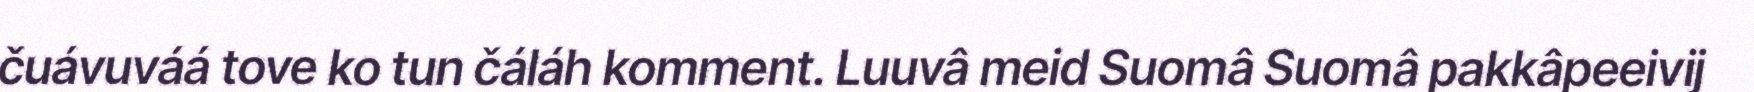
čuávuváá tove ko tun čáláh komment. Luuvâ meid Suomâ Suomâ pakkâpeeivij